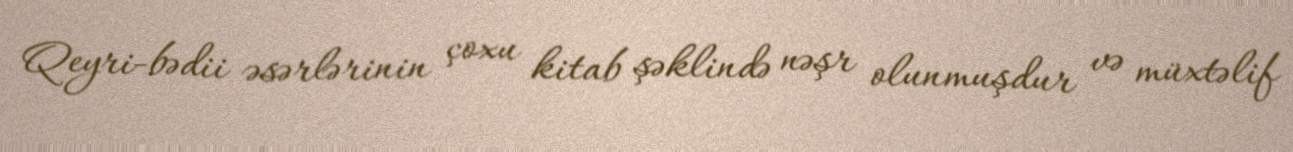
Qeyri-bədii əsərlərinin çoxu kitab şəklində nəşr olunmuşdur və müxtəlif